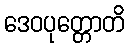
ဒေဝပုတ္တောတိ